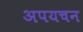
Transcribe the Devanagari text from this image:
अपयचन